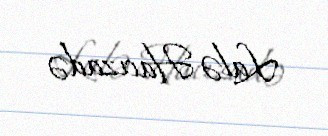
Lalə Hacızadə